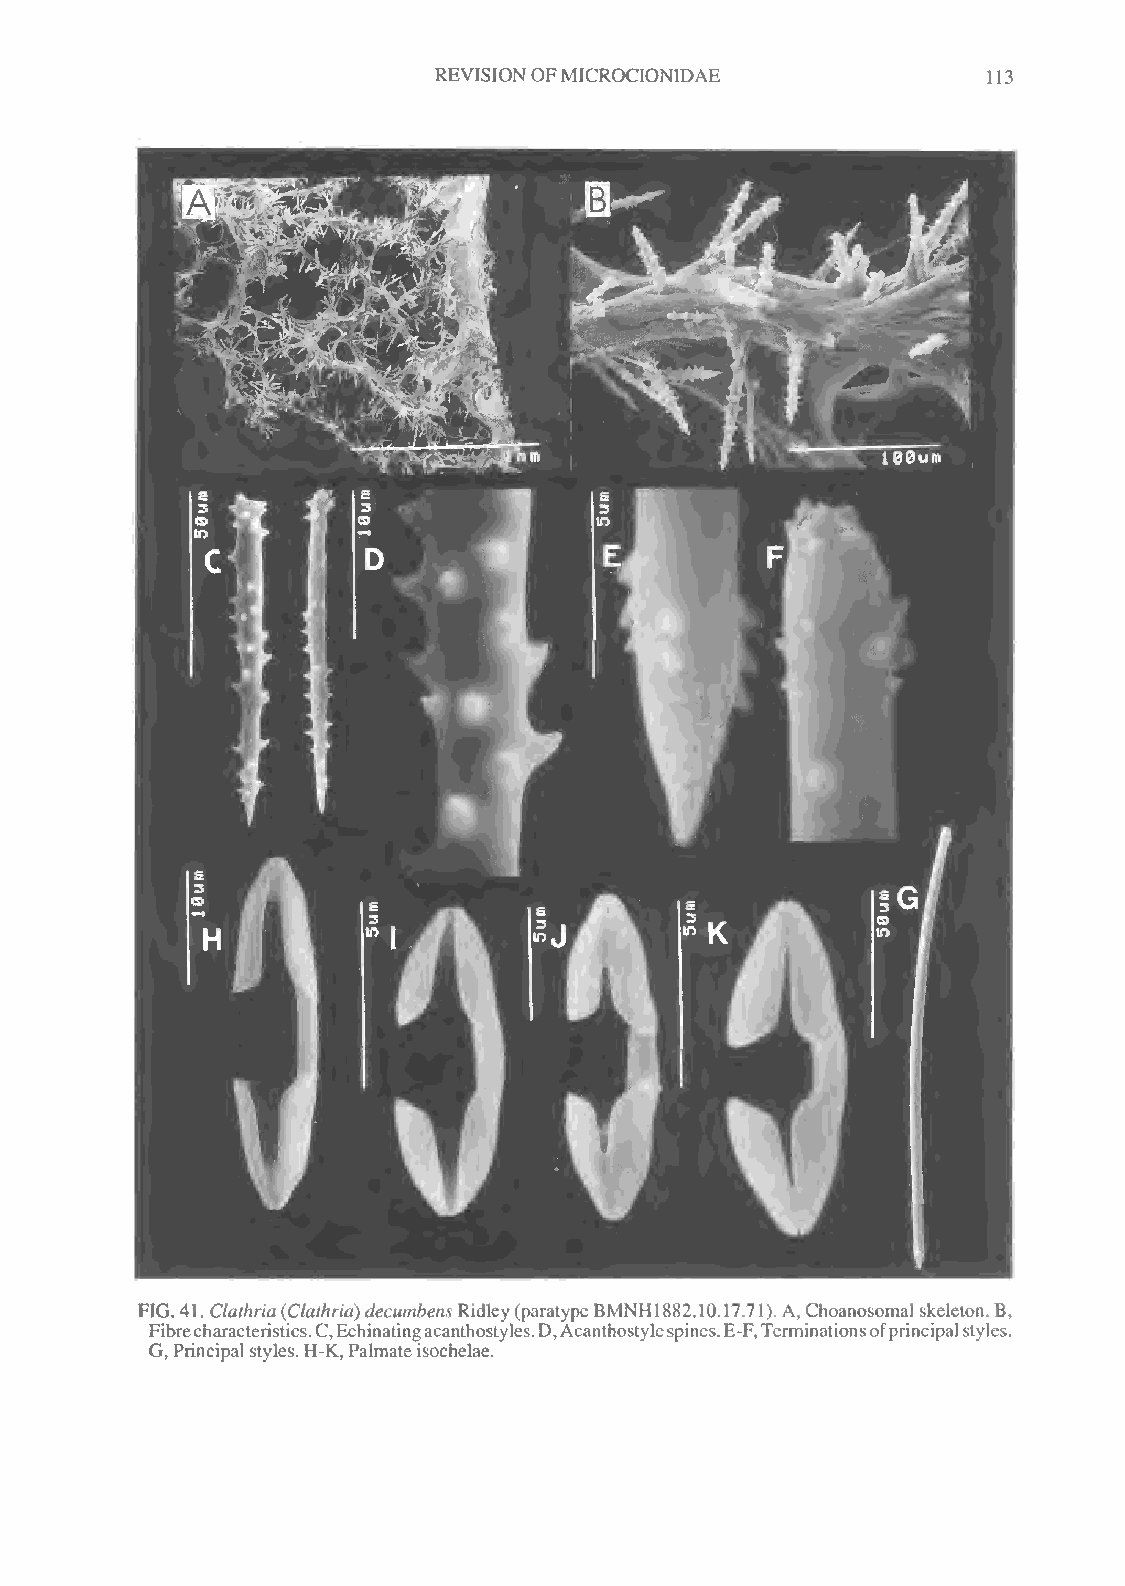
REVISION OFMICROCIONIDAE            113
 FIG.41. Clathria(Clathria)decumbensRidley(paratypeBMNH1882.10.17.71).A,Choanosomal skeleton. B,
 Fibrecharacteristics.C,Echinatingacanthostyles.D,Acanthostylespines.E-F,Terminationsofprincipalstyles,
 G,Principal styles. H-K, Palmateisochelae.